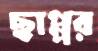
ছাপ্পর